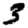
Digit: 3